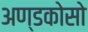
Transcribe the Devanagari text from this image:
अण्डकोसो